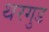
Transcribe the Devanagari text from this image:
थरगुड